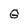
Character: G